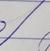
Signature authenticity: forged